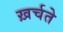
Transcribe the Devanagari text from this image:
ख़र्चते